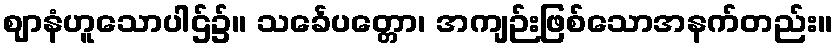
ဈာနံဟူသောပါဌ်၌။ သင်္ခေပတ္တော၊ အကျဉ်းဖြစ်သောအနက်တည်း။